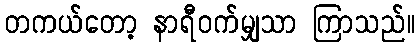
တကယ်တော့ နာရီဝက်မျှသာ ကြာသည်။